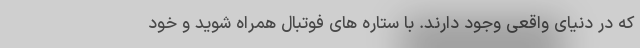
که در دنیای واقعی وجود دارند. با ستاره های فوتبال همراه شوید و خود